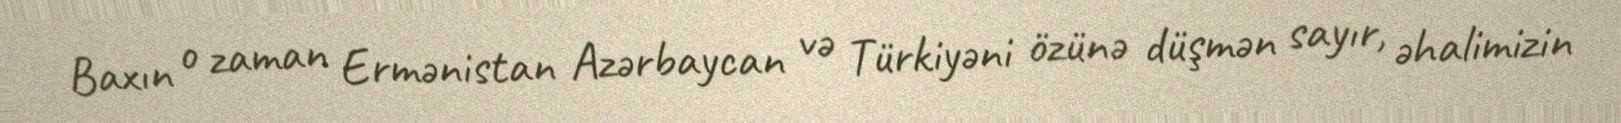
Baxın o zaman Ermənistan Azərbaycan və Türkiyəni özünə düşmən sayır, əhalimizin